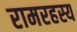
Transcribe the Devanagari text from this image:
रामरहस्य